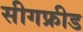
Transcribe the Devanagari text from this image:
सीगफ्रीड